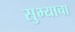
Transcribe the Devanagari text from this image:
सुभ्याचा